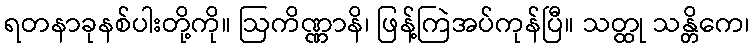
ရတနာခုနစ်ပါးတို့ကို။ ဩကိဏ္ဏာနိ၊ ဖြန့်ကြဲအပ်ကုန်ပြီ။ သတ္ထု သန္တိကေ၊